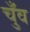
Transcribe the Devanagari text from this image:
चुँव